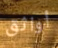
أواثق